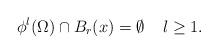
LaTeX: \begin{align*}\phi^l(\Omega) \cap B_r(x)=\emptyset \;\;\;\; l \ge1.\end{align*}